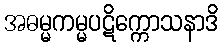
အဓမ္မကမ္မပဋိက္ကောသနာဒိ